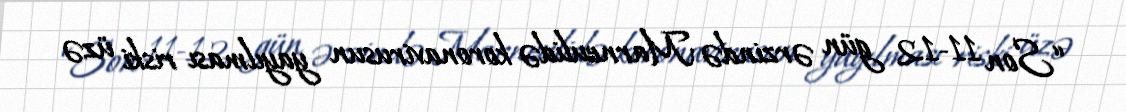
“Son 11-12 gün ərzində Marneulidə koronavirusun yayılması riski üzə